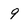
Character: 9